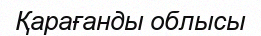
Қарағанды облысы